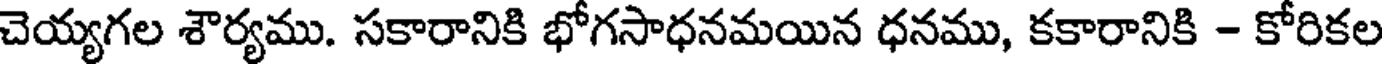
చెయ్యగల శౌర్యము. సకారానికి భోగసాధనమయిన ధనము, కకారానికి - కోరికల